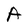
Character: A